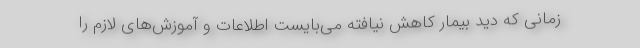
زمانی که دید بیمار کاهش نیافته می‌بایست اطلاعات و آموزش‌های لازم را